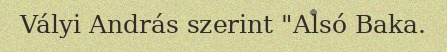
Vályi András szerint "Alsó Baka.